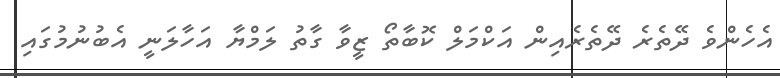
އެހެންވެ ދޭތެރެ ދޭތެރެއިން އަކްމަލް ކޮބާތޯ ޒީވާ ގާތު ލަމްޔާ އަހާލަނީ އެބުނުމުގައި